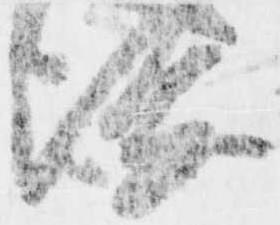
深